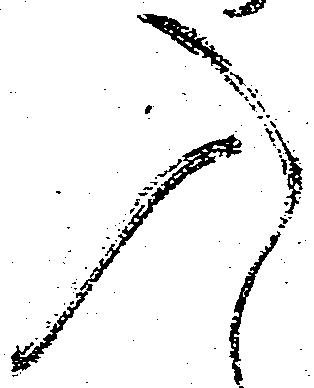
入